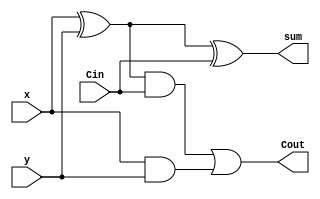
`timescale 1ns / 1ps
//////////////////////////////////////////////////////////////////////////////////
// Company: 
// Engineer: 
// 
// Design Name: 
// Module Name: fullAdder
// Project Name: 
// Target Devices: 
// Tool Versions: 
// Description: 
// 
// Dependencies: 
// 
// Revision:
// Revision 0.01 - File Created
// Additional Comments:
// 
//////////////////////////////////////////////////////////////////////////////////


module fullAdder(x,y,Cin,sum,Cout);
input x,y,Cin;
output sum,Cout;

wire z1,z2,z3; //Initialize wires

xor XOR1(z1,x,y);         // Output of x XOR y = z1
xor XOR2(sum,z1,Cin);     // Output of z1 XOR Cin = sum
and AND1(z2,z1,Cin);      // Output of z1 AND Cin = z2
and AND2(z3,x,y);         // Output of x AND y = z3
or OR1(Cout,z2,z3);       // Output of z2 OR z3 = Cout

endmodule